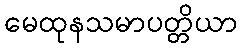
မေထုနသမာပတ္တိယာ